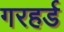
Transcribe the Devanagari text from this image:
गरहर्ड